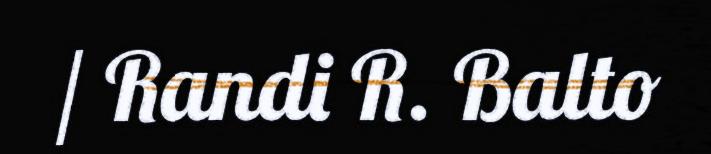
/ Randi R. Balto